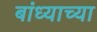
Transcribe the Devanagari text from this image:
बांध्याच्या